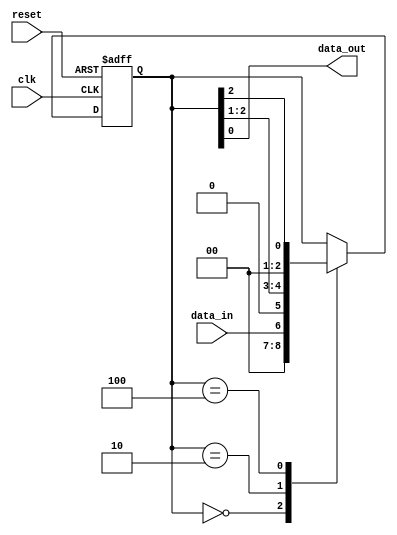
module timing_control_and_synchronization(
    input wire clk,
    input wire reset,
    input wire data_in,
    output reg data_out
);

reg [2:0] d_ff;

always @(posedge clk or posedge reset) begin
    if (reset) begin
        d_ff <= 3'b0;
    end else begin
        case(d_ff)
            3'b000: d_ff <= data_in;
            3'b001: d_ff <= d_ff[2:0];
            3'b010: d_ff <= d_ff[2:1];
            3'b100: d_ff <= d_ff[2];
        endcase
    end
end

assign data_out = d_ff[0];

endmodule